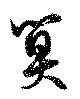
算